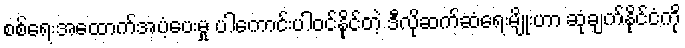
စစ်ရေးအထောက်အပံ့ပေးမှု ပါကောင်းပါဝင်နိုင်တဲ့ ဒီလိုဆက်ဆံရေးမျိုးဟာ ဆုံချက်နိုင်ငံကို